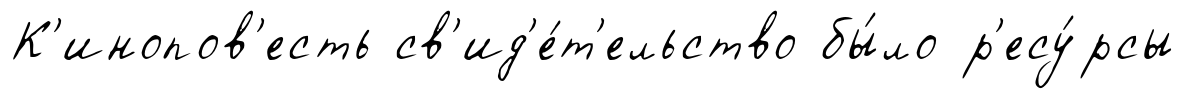
К'инопов'есть св'ид'е́т'ельство бы́ло р'есу́рсы